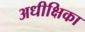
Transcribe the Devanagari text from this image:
अधीक्षिका